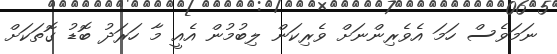
ނަމަވެސް ހަމަ އެވެރިންނަށް ވެރިކަން ލިބުމުން އެއީ މާ ހަރަދު ބޮޑު ގޮތަކަށް